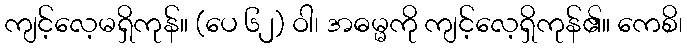
ကျင့်လေ့မရှိကုန်။ (ပေ ၆၂) ဝါ၊ အဓမ္မကို ကျင့်လေ့ရှိကုန်၏။ ကေစိ၊